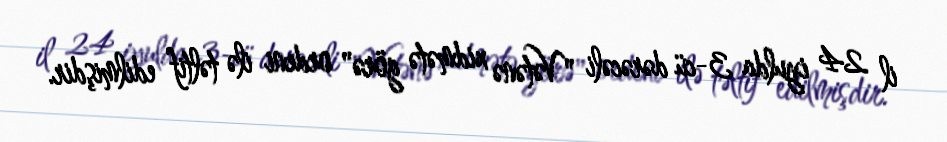
il 24 iyulda 3-cü dərəcəli "Vətənə xidmətə görə" ordeni ilə təltif edilmişdir.